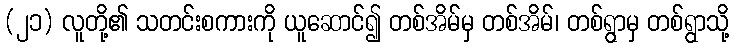
(၂၁) လူတို့၏ သတင်းစကားကို ယူဆောင်၍ တစ်အိမ်မှ တစ်အိမ်၊ တစ်ရွာမှ တစ်ရွာသို့